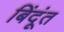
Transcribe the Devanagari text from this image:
बिंदूंत